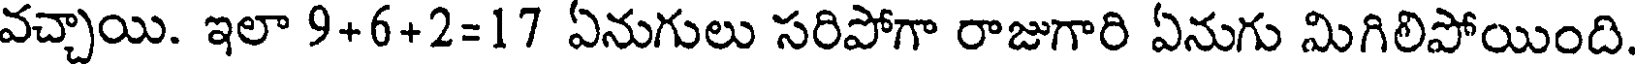
వచ్చాయి. ఇలా 9+6+2=17 ఏనుగులు సరిపోగా రాజుగారి ఏనుగు మిగిలిపోయింది